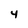
Character: 4